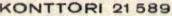
KONTTORI 21 589